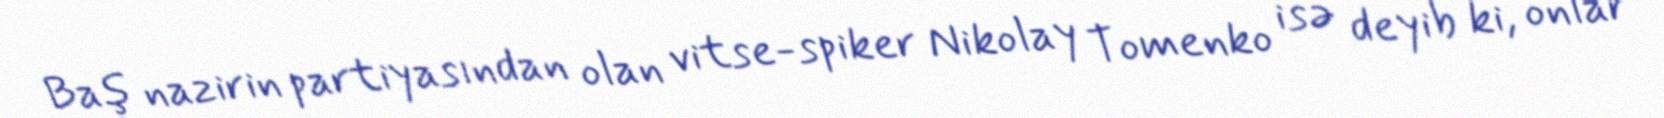
Baş nazirin partiyasından olan vitse-spiker Nikolay Tomenko isə deyib ki, onlar